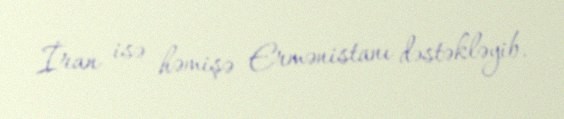
İran isə həmişə Ermənistanı dəstəkləyib.